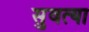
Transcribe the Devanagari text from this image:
सुवत्या